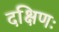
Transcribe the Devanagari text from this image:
दक्षिणः